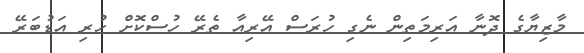
މާޒިޔާގެ ދޮނާ އަރިމަތިން ނެގި ހުރަސް އޭރިއާ ތެރޭ ހުސްކޮށް ހުރި އަޑުބަރޭ